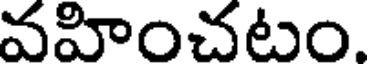
వహించటం.